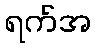
ရက်အ